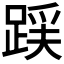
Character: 𮛪